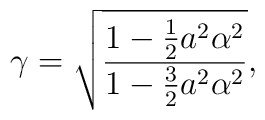
\gamma=\sqrt{ \frac{1-\frac12{a^2\alpha^2}}{1-\frac{3}{2}a^2\alpha^2} },